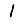
Digit: 1